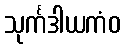
သုင်္ကဒါယကံဝ